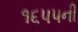
૧૬૫૫ની